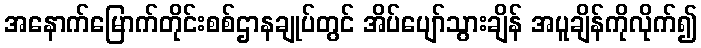
အနောက်မြောက်တိုင်းစစ်ဌာနချုပ်တွင် အိပ်ပျော်သွားချိန် အပူချိန်ကိုလိုက်၍